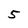
Character: 5